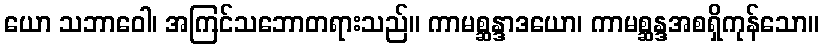
ယော သဘာဝေါ၊ အကြင်သဘောတရားသည်။ ကာမစ္ဆန္ဒာဒယော၊ ကာမစ္ဆန္ဒအစရှိကုန်သော။